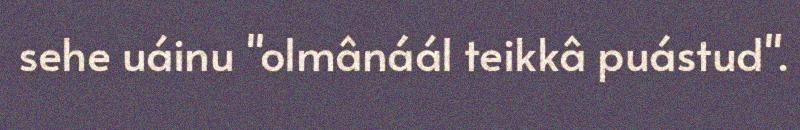
sehe uáinu "olmânáál teikkâ puástud".